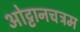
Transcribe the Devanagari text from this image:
ओट्टानचत्रम